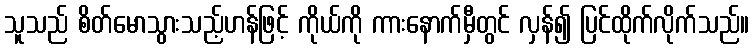
သူသည် စိတ်မောသွားသည့်ဟန်ဖြင့် ကိုယ်ကို ကားနောက်မှီတွင် လှန်၍ ပြင်ထိုက်လိုက်သည်။